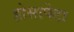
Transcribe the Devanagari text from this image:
होसापेटा